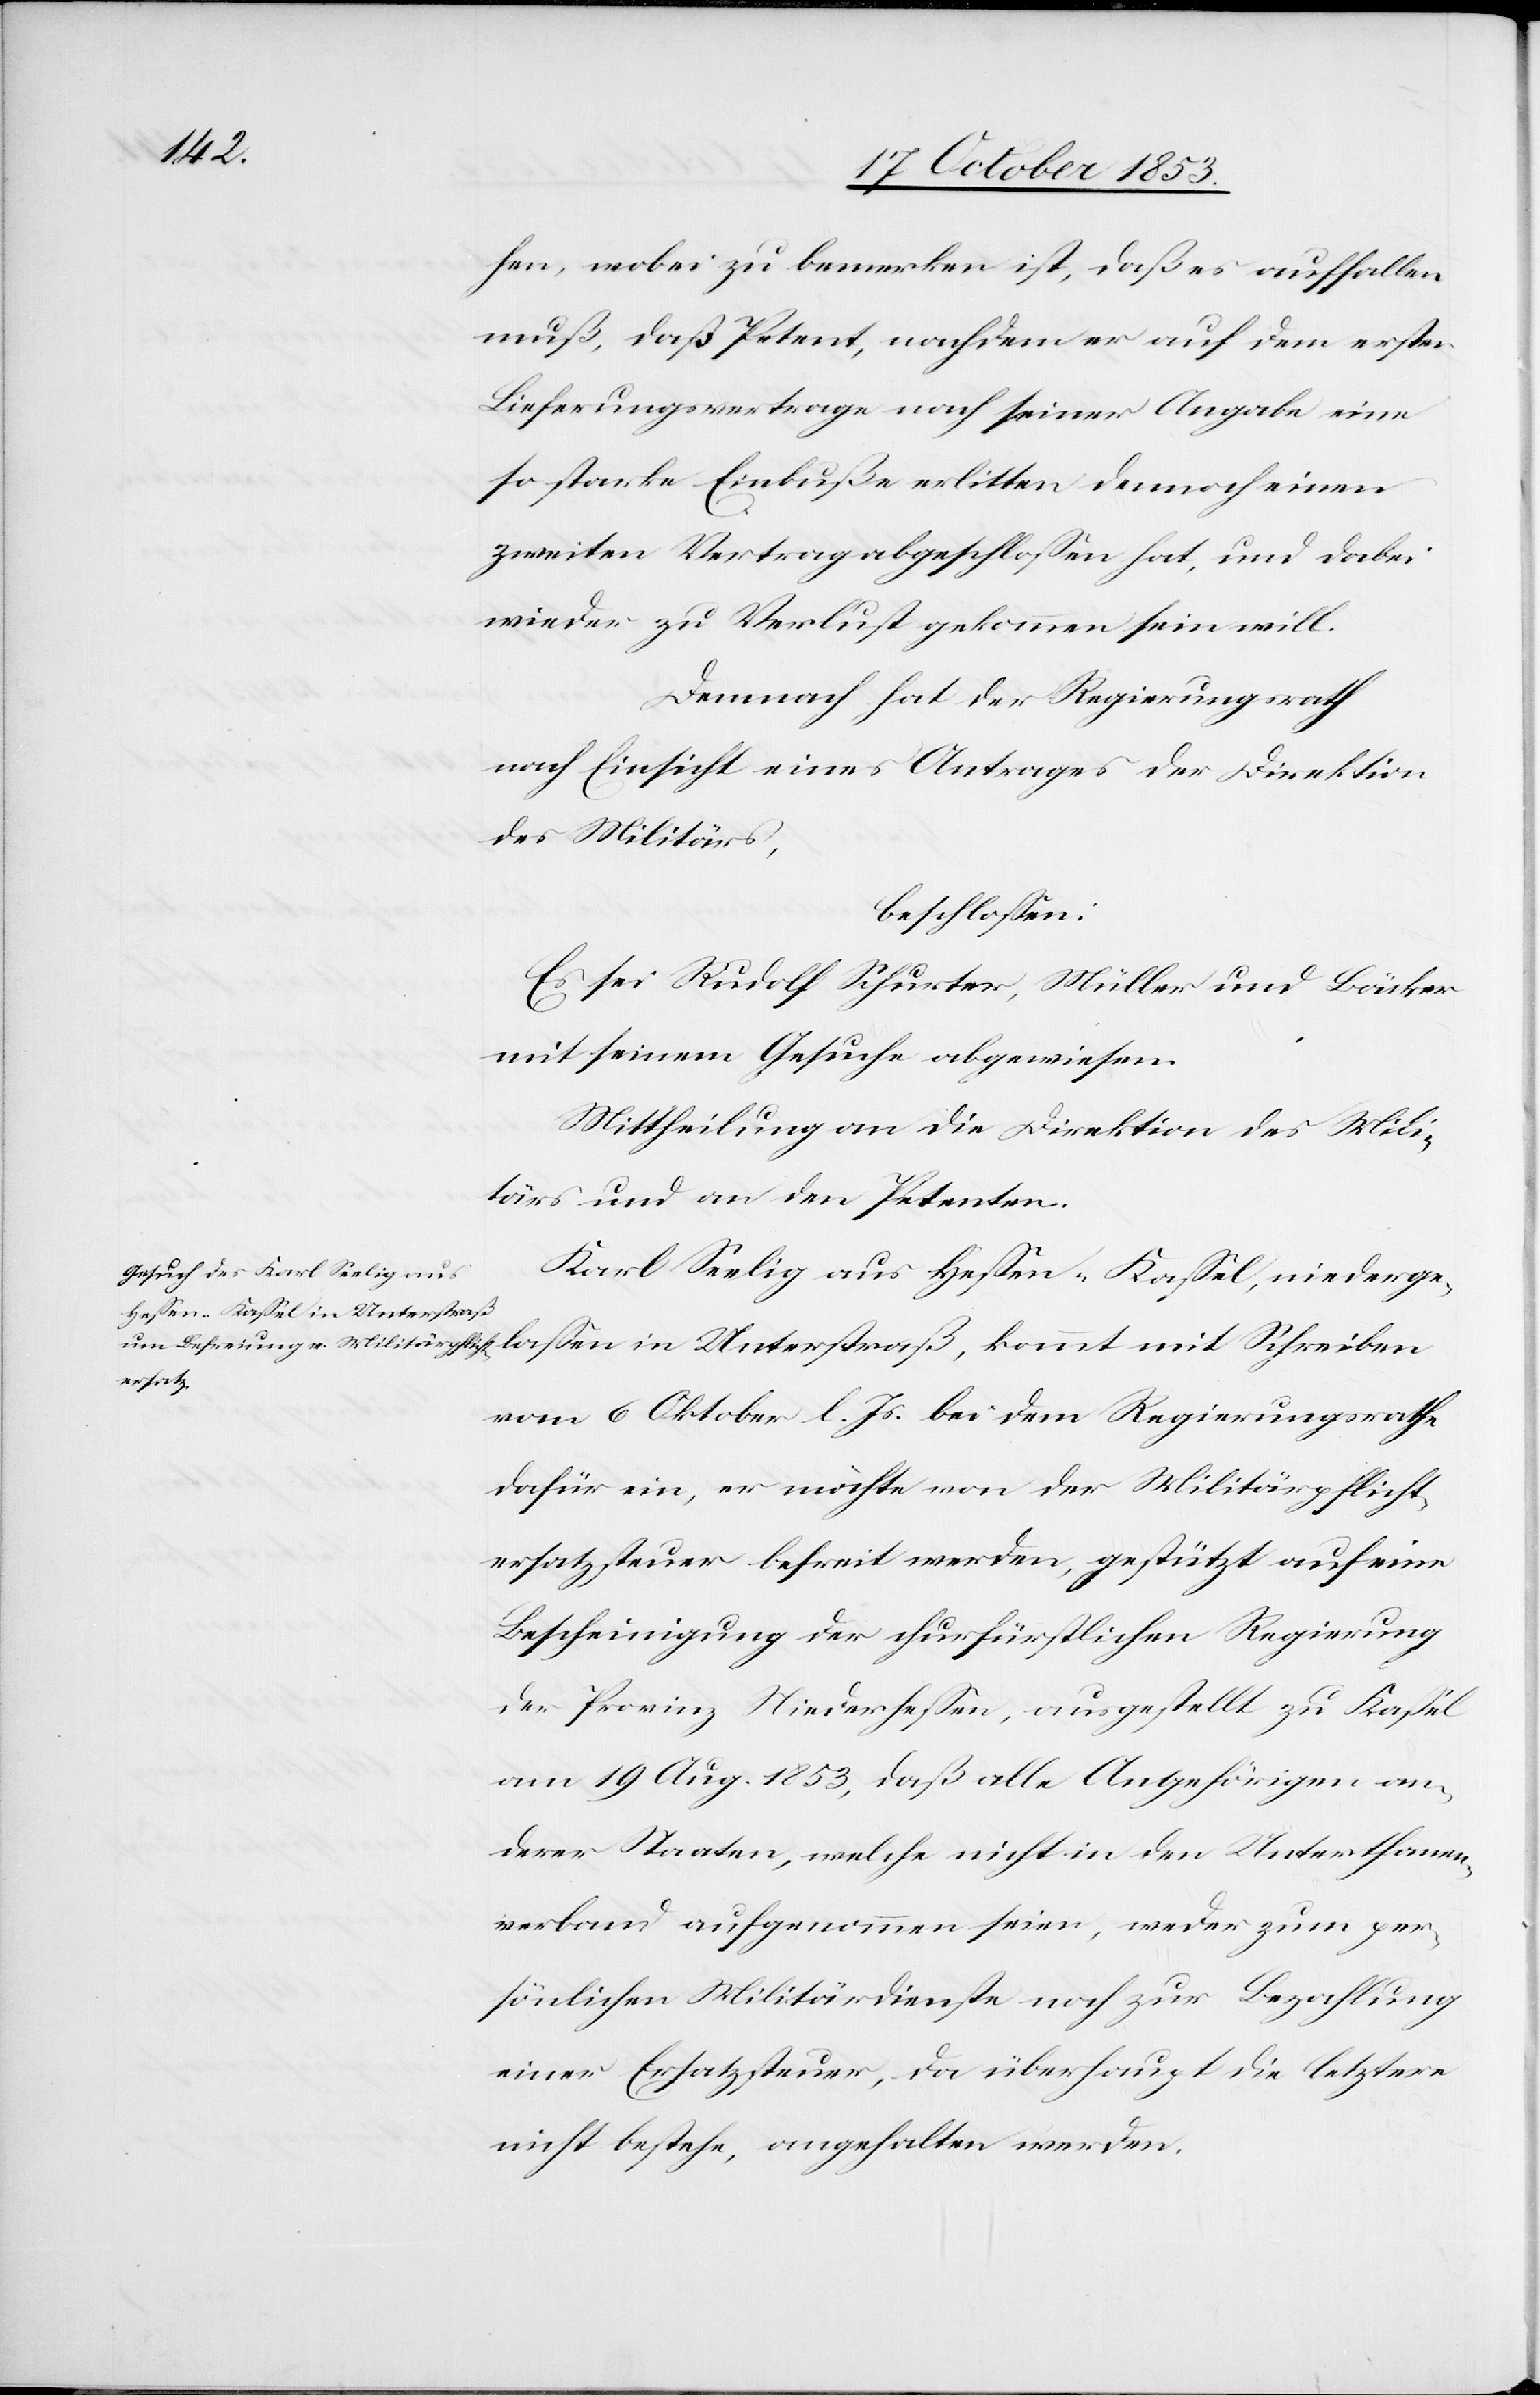
hen, wobei zu bemerken ist, daß es auffallen
muß, daß Petent, nachdem er auf dem ersten
Lieferungsvertrage nach seiner Angabe eine
so starke Einbuß erlitten dennoch einen
zweiten Vertrag abgeschloßen hat, und dabei
wieder zu Verlust gekommen sein will.
Demnach hat der Regierungsrath
nach Einsicht eines Antrages der Direktion
des Militärs,
beschloßen:
Es sei Rudolf Schurter, Müller und Bäcker
mit seinem Gesuche abgewiesen.
Mittheilung an die Direktion des Mili¬
tärs und an die Petenten.
Karl Seelig aus Heßen-Kaßel, niederge¬
laßen in Unterstraß,
vom 6 Oktober l. Js. bei dem Regierungsrathe
dafür ein, er möchte von der Militärpflicht¬
ersatzsteuer befreit werden, gestützt auf eine
Bescheinigung der churfürstlichen Regierung
der Provinz Niederheßen, ausgestellt zu Kaßel
am 19 Aug. 1853, daß alle Angehörigen an¬
derer Staaten, welche nicht in den Unterthanen¬
verband aufgenommen seien, weder zum per¬
sönlichen Militärdienste noch zur Bezahlung
einer Ersatzsteuer, da überhaupt die letztere
nicht bestehe, angehalten werden.